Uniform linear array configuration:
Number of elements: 32
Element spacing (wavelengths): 0.25
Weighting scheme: uniform
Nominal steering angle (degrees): -45
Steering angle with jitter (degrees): -44.619
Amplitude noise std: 0.05
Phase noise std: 0.05

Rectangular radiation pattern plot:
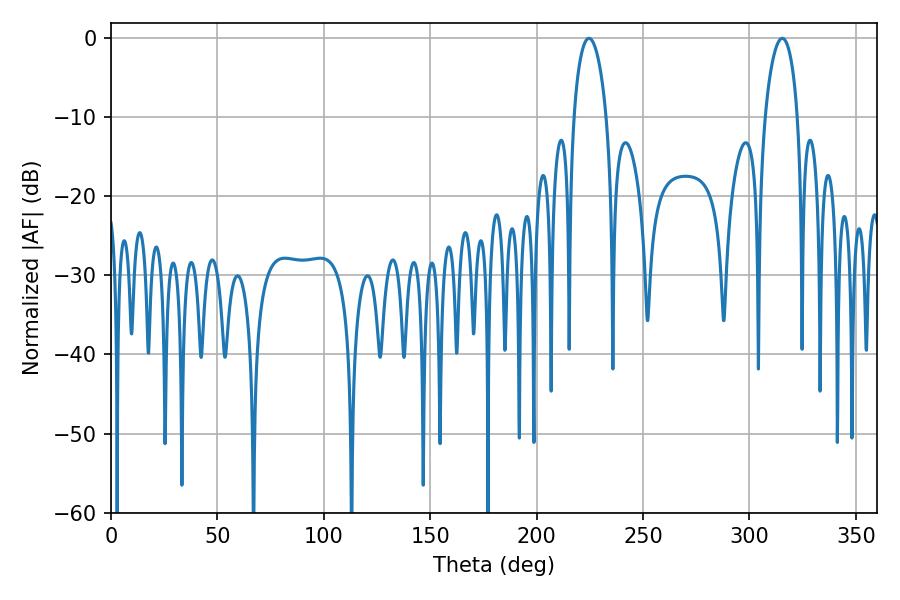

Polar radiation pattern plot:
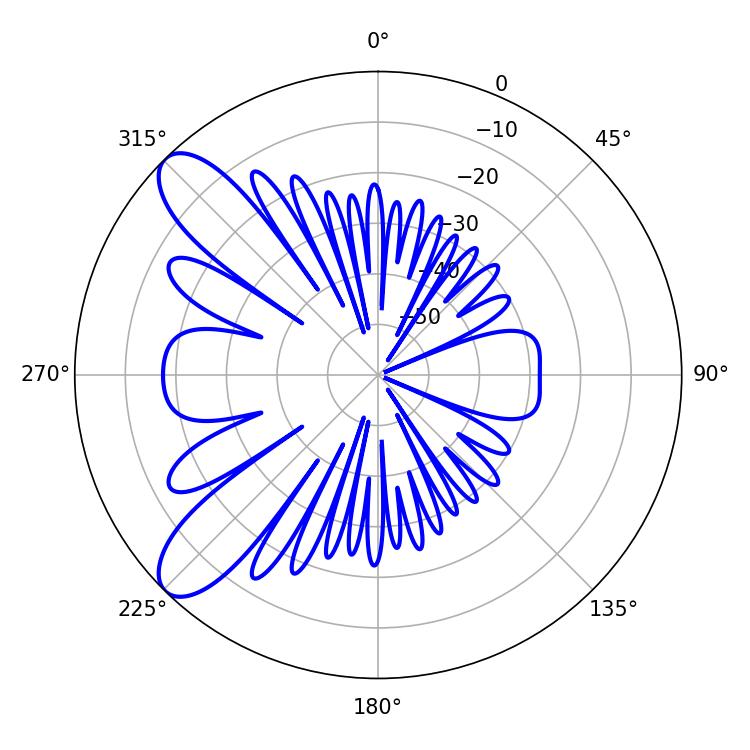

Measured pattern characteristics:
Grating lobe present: FALSE
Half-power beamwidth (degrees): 8.82
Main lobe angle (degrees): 315.36